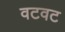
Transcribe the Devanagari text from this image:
वटवट